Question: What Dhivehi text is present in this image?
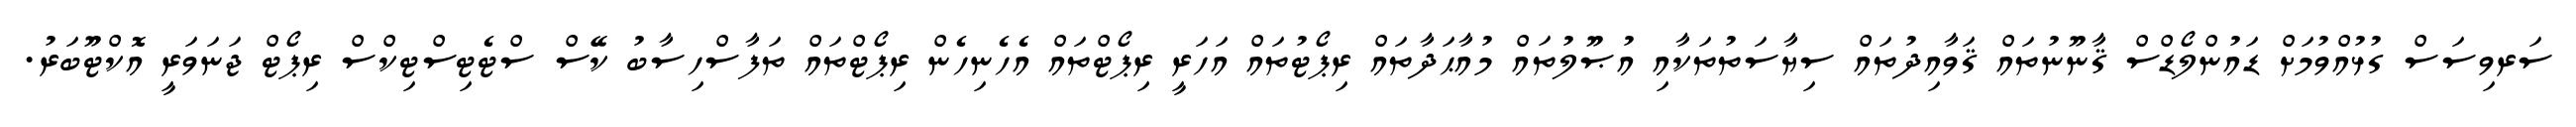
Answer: ސަރވިސަސް ގުޅުއްވުމަށް ޑައުންލޯޑްސް ޤާނޫނުތައް ޤަވާއިދުތައް ސިޔާސަތުތަކާއި އުޞޫލުތައް މުއާޙަދާތައް ރިޕޯޓުތައް އަހަރީ ރިޕޯޓްތައް އެހެނިހެން ރިޕޯޓްތައް ތަފާސްހިސާބު ކޭސް ސްޓެޓިސްޓިކްސް ރިޕޯޓް ޖަނަވަރީ އޮކްޓޫބަރު.